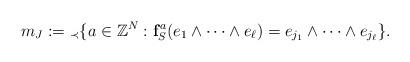
LaTeX: \begin{align*}m_J:={}_{\prec}\{ a\in \mathbb Z^N : {\bf f}_S^a(e_1\wedge\dots \wedge e_\ell)=e_{j_1}\wedge\dots\wedge e_{j_\ell} \}.\end{align*}